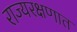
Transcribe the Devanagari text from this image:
राज्यरक्षणात